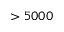
> 5 0 0 0